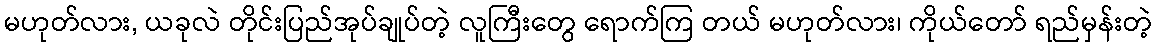
မဟုတ်လား, ယခုလဲ တိုင်းပြည်အုပ်ချုပ်တဲ့ လူကြီးတွေ ရောက်ကြ တယ် မဟုတ်လား၊ ကိုယ်တော် ရည်မှန်းတဲ့